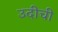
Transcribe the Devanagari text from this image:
उदीची